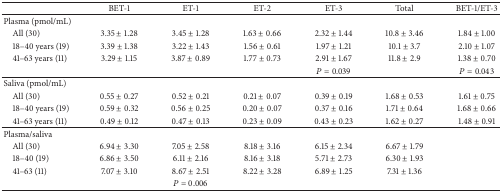
<table><thead><tr><td>[EMPTY_CELL]</td><td><b>BET-1</b></td><td><b>ET-1</b></td><td><b>ET-2</b></td><td><b>ET-3</b></td><td><b>Total</b></td><td><b>BET-1/ET-3</b></td></tr></thead><tbody><tr><td>Plasma (pmol/mL)</td><td>[EMPTY_CELL]</td><td>[EMPTY_CELL]</td><td>[EMPTY_CELL]</td><td>[EMPTY_CELL]</td><td>[EMPTY_CELL]</td><td>[EMPTY_CELL]</td></tr><tr><td> All (30)</td><td>3.35 ± 1.28</td><td>3.45 ± 1.28</td><td>1.63 ± 0.66</td><td>2.32 ± 1.44</td><td>10.8 ± 3.46</td><td>1.84 ± 1.00</td></tr><tr><td> 18–40 years (19)</td><td>3.39 ± 1.38</td><td>3.22 ± 1.43</td><td>1.56 ± 0.61</td><td>1.97 ± 1.21</td><td>10.1 ± 3.7</td><td>2.10 ± 1.07</td></tr><tr><td> 41–63 years (11)</td><td>3.29 ± 1.15</td><td>3.87 ± 0.89</td><td>1.77 ± 0.73</td><td>2.91 ± 1.67</td><td>11.8 ± 2.9</td><td>1.38 ± 0.70</td></tr><tr><td>[EMPTY_CELL]</td><td>[EMPTY_CELL]</td><td>[EMPTY_CELL]</td><td>[EMPTY_CELL]</td><td><i>P</i> = 0.039</td><td>[EMPTY_CELL]</td><td><i>P</i> = 0.043</td></tr><tr><td>Saliva (pmol/mL)</td><td>[EMPTY_CELL]</td><td>[EMPTY_CELL]</td><td>[EMPTY_CELL]</td><td>[EMPTY_CELL]</td><td>[EMPTY_CELL]</td><td>[EMPTY_CELL]</td></tr><tr><td> All (30)</td><td>0.55 ± 0.27</td><td>0.52 ± 0.21</td><td>0.21 ± 0.07</td><td>0.39 ± 0.19</td><td>1.68 ± 0.53</td><td>1.61 ± 0.75</td></tr><tr><td> 18–40 years (19)</td><td>0.59 ± 0.32</td><td>0.56 ± 0.25</td><td>0.20 ± 0.07</td><td>0.37 ± 0.16</td><td>1.71 ± 0.64</td><td>1.68 ± 0.66</td></tr><tr><td> 41–63 years (11)</td><td>0.49 ± 0.12</td><td>0.47 ± 0.13</td><td>0.23 ± 0.09</td><td>0.43 ± 0.23</td><td>1.62 ± 0.27</td><td>1.48 ± 0.91</td></tr><tr><td>Plasma/saliva</td><td>[EMPTY_CELL]</td><td>[EMPTY_CELL]</td><td>[EMPTY_CELL]</td><td>[EMPTY_CELL]</td><td>[EMPTY_CELL]</td><td>[EMPTY_CELL]</td></tr><tr><td> All (30)</td><td>6.94 ± 3.30</td><td>7.05 ± 2.58</td><td>8.18 ± 3.16</td><td>6.15 ± 2.34</td><td>6.67 ± 1.79</td><td>[EMPTY_CELL]</td></tr><tr><td> 18–40 (19)</td><td>6.86 ± 3.50</td><td>6.11 ± 2.16</td><td>8.16 ± 3.18</td><td>5.71 ± 2.73</td><td>6.30 ± 1.93</td><td>[EMPTY_CELL]</td></tr><tr><td> 41–63 (11)</td><td>7.07 ± 3.10</td><td>8.67 ± 2.51</td><td>8.22 ± 3.28</td><td>6.89 ± 1.25</td><td>7.31 ± 1.36</td><td>[EMPTY_CELL]</td></tr><tr><td>[EMPTY_CELL]</td><td>[EMPTY_CELL]</td><td><i>P</i> = 0.006</td><td>[EMPTY_CELL]</td><td>[EMPTY_CELL]</td><td>[EMPTY_CELL]</td><td>[EMPTY_CELL]</td></tr></tbody></table>